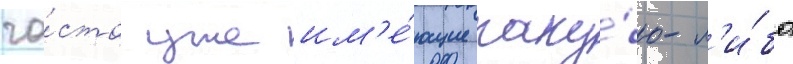
ча́сто уже им'е́ющие каку́ю-л'и́бо